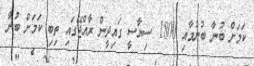
ކަމަށް ބުނާ ބުނުމާއި 1800 ސިޔާސީ ގައިދީން ރާއްޖޭގައި ތިބި ކަމަށް ބުނާ